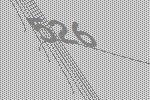
526